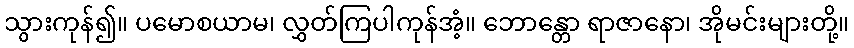
သွားကုန်၍။ ပမောစယာမ၊ လွှတ်ကြပါကုန်အံ့။ ဘောန္တော ရာဇာနော၊ အိုမင်းများတို့။